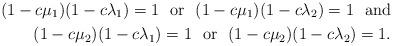
LaTeX: \begin{align*} (1-c\mu_1)(1-c\lambda_1) = 1 \ \ \mathrm{or} \ \ (1-c\mu_1)(1-c\lambda_2) = 1 \ \ \mathrm{and} \\(1-c\mu_2)(1-c\lambda_1) = 1 \ \ \mathrm{or} \ \ (1-c\mu_2)(1-c\lambda_2) = 1.\end{align*}